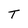
Character: T